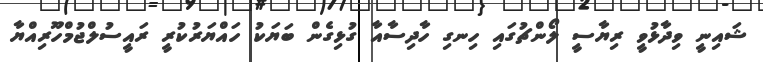
ޝައިނީ ވިދާޅުވީ ރިޔާސީ ލޯންޗުގައި ހިނގި ހާދިސާއާ ގުޅިގެން ބަޔަކު ހައްޔަރުކުރީ ރައީސުލްޖުމްހޫރިއްޔާ